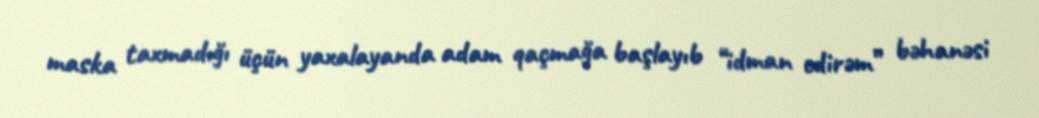
maska taxmadığı üçün yaxalayanda adam qaçmağa başlayıb “idman edirəm” bəhanəsi